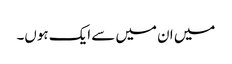
میں ان میں سے ایک ہوں۔